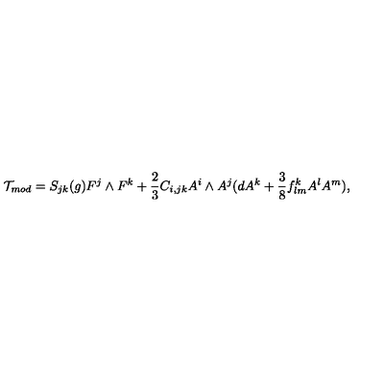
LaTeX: { \cal T } _ { m o d } = S _ { j k } ( g ) { F } ^ { j } \wedge { F } ^ { k } + \frac { 2 } { 3 } C _ { i , j k } A ^ { i } \wedge A ^ { j } ( d A ^ { k } + \frac { 3 } { 8 } f _ { l m } ^ { k } A ^ { l } A ^ { m } ) ,